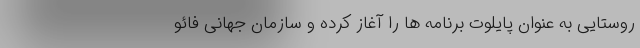
روستایی به عنوان پایلوت برنامه ها را آغاز کرده و سازمان جهانی فائو